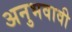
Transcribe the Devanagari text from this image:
अनुभवावी